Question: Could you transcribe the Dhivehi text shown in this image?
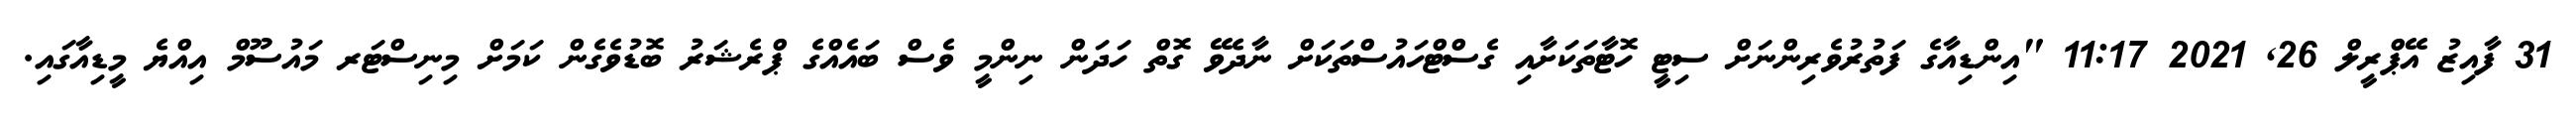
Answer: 31 ފާއިޒު އޭޕްރީލް 26, 2021 11:17 "އިންޑިއާގެ ފަތުރުވެރިންނަށް ސިޓީ ހޮޓާތަކަށާއި ގެސްޓްހައުސްތަކަށް ނާދެވޭ ގޮތް ހަދަން ނިންމީ ވެސް ބައެއްގެ ޕްރެޝަރު ބޮޑުވެގެން ކަމަށް މިނިސްޓަރ މައުސޫމް އިއްޔެ މީޑިއާގައި.